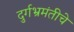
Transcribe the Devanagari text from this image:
दुर्गभ्रमंतीचे